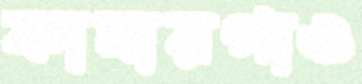
কামারগাও